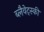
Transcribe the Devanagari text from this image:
ब्लैवेट्स्की